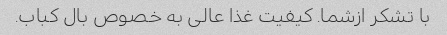
با تشکر ازشما. کیفیت غذا عالی به خصوص بال کباب.